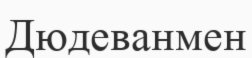
Дюдеванмен